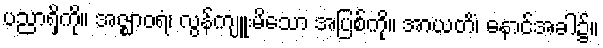
ပညာရှိကို။ အဇ္ဈာဝရံ၊ လွန်ကျူးမိသော အပြစ်ကို။ အာယတိံ၊ နောင်အခါ၌။